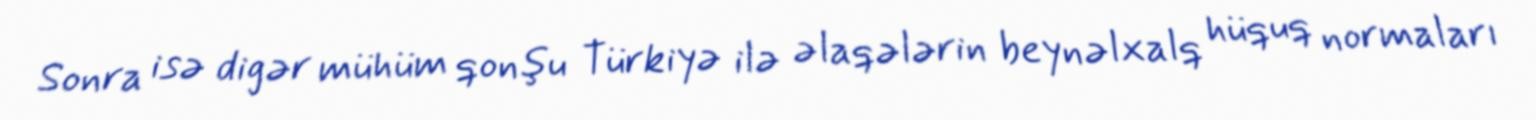
Sonra isə digər mühüm qonşu Türkiyə ilə əlaqələrin beynəlxalq hüquq normaları